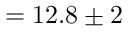
= 1 2 . 8 \pm 2